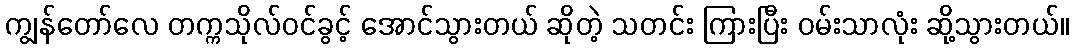
ကျွန်တော်လေ တက္ကသိုလ်ဝင်ခွင့် အောင်သွားတယ် ဆိုတဲ့ သတင်း ကြားပြီး ဝမ်းသာလုံး ဆို့သွားတယ်။